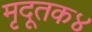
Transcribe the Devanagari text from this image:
मृदूतक४